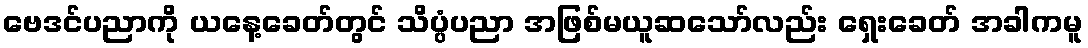
ဗေဒင်ပညာကို ယနေ့ခေတ်တွင် သိပ္ပံပညာ အဖြစ်မယူဆသော်လည်း ရှေးခေတ် အခါကမူ